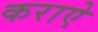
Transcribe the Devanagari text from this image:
कराऐ